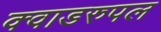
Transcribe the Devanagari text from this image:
क्वाडरुपल